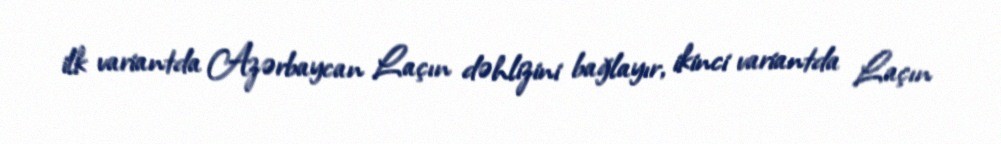
ilk variantda Azərbaycan Laçın dəhlizini bağlayır, ikinci variantda Laçın